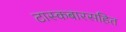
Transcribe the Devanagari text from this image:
टास्कबारसहित